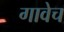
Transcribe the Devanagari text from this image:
गावेच